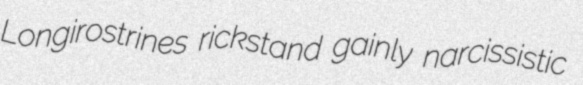
Longirostrines rickstand gainly narcissistic